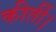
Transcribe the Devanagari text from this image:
कीर्ती।